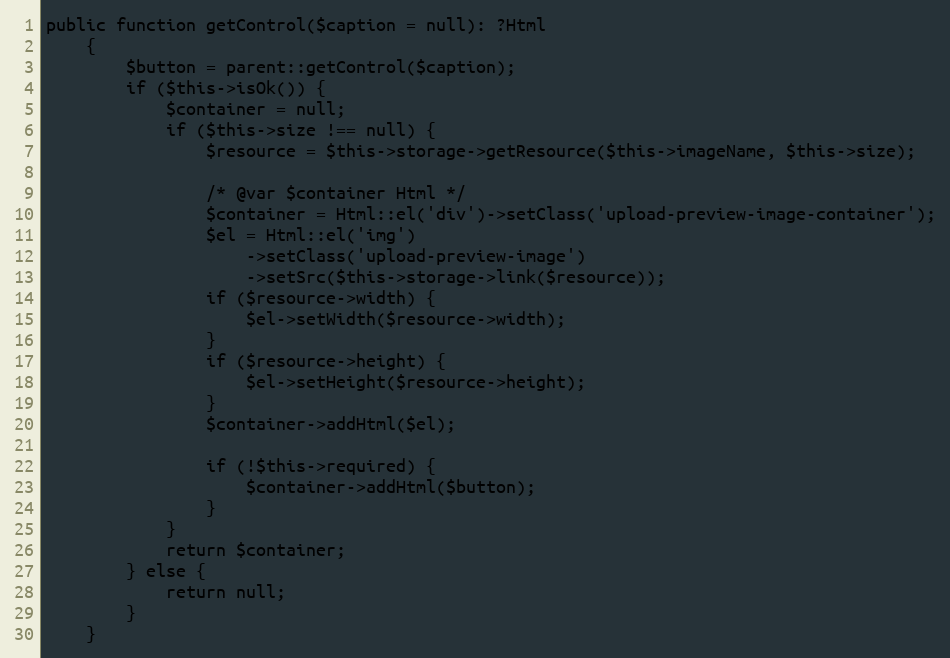
Language: PHP
public function getControl($caption = null): ?Html
	{
		$button = parent::getControl($caption);
		if ($this->isOk()) {
			$container = null;
			if ($this->size !== null) {
				$resource = $this->storage->getResource($this->imageName, $this->size);

				/* @var $container Html */
				$container = Html::el('div')->setClass('upload-preview-image-container');
				$el = Html::el('img')
					->setClass('upload-preview-image')
					->setSrc($this->storage->link($resource));
				if ($resource->width) {
					$el->setWidth($resource->width);
				}
				if ($resource->height) {
					$el->setHeight($resource->height);
				}
				$container->addHtml($el);

				if (!$this->required) {
					$container->addHtml($button);
				}
			}
			return $container;
		} else {
			return null;
		}
	}